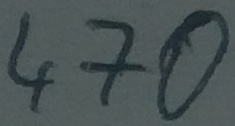
Text: 470